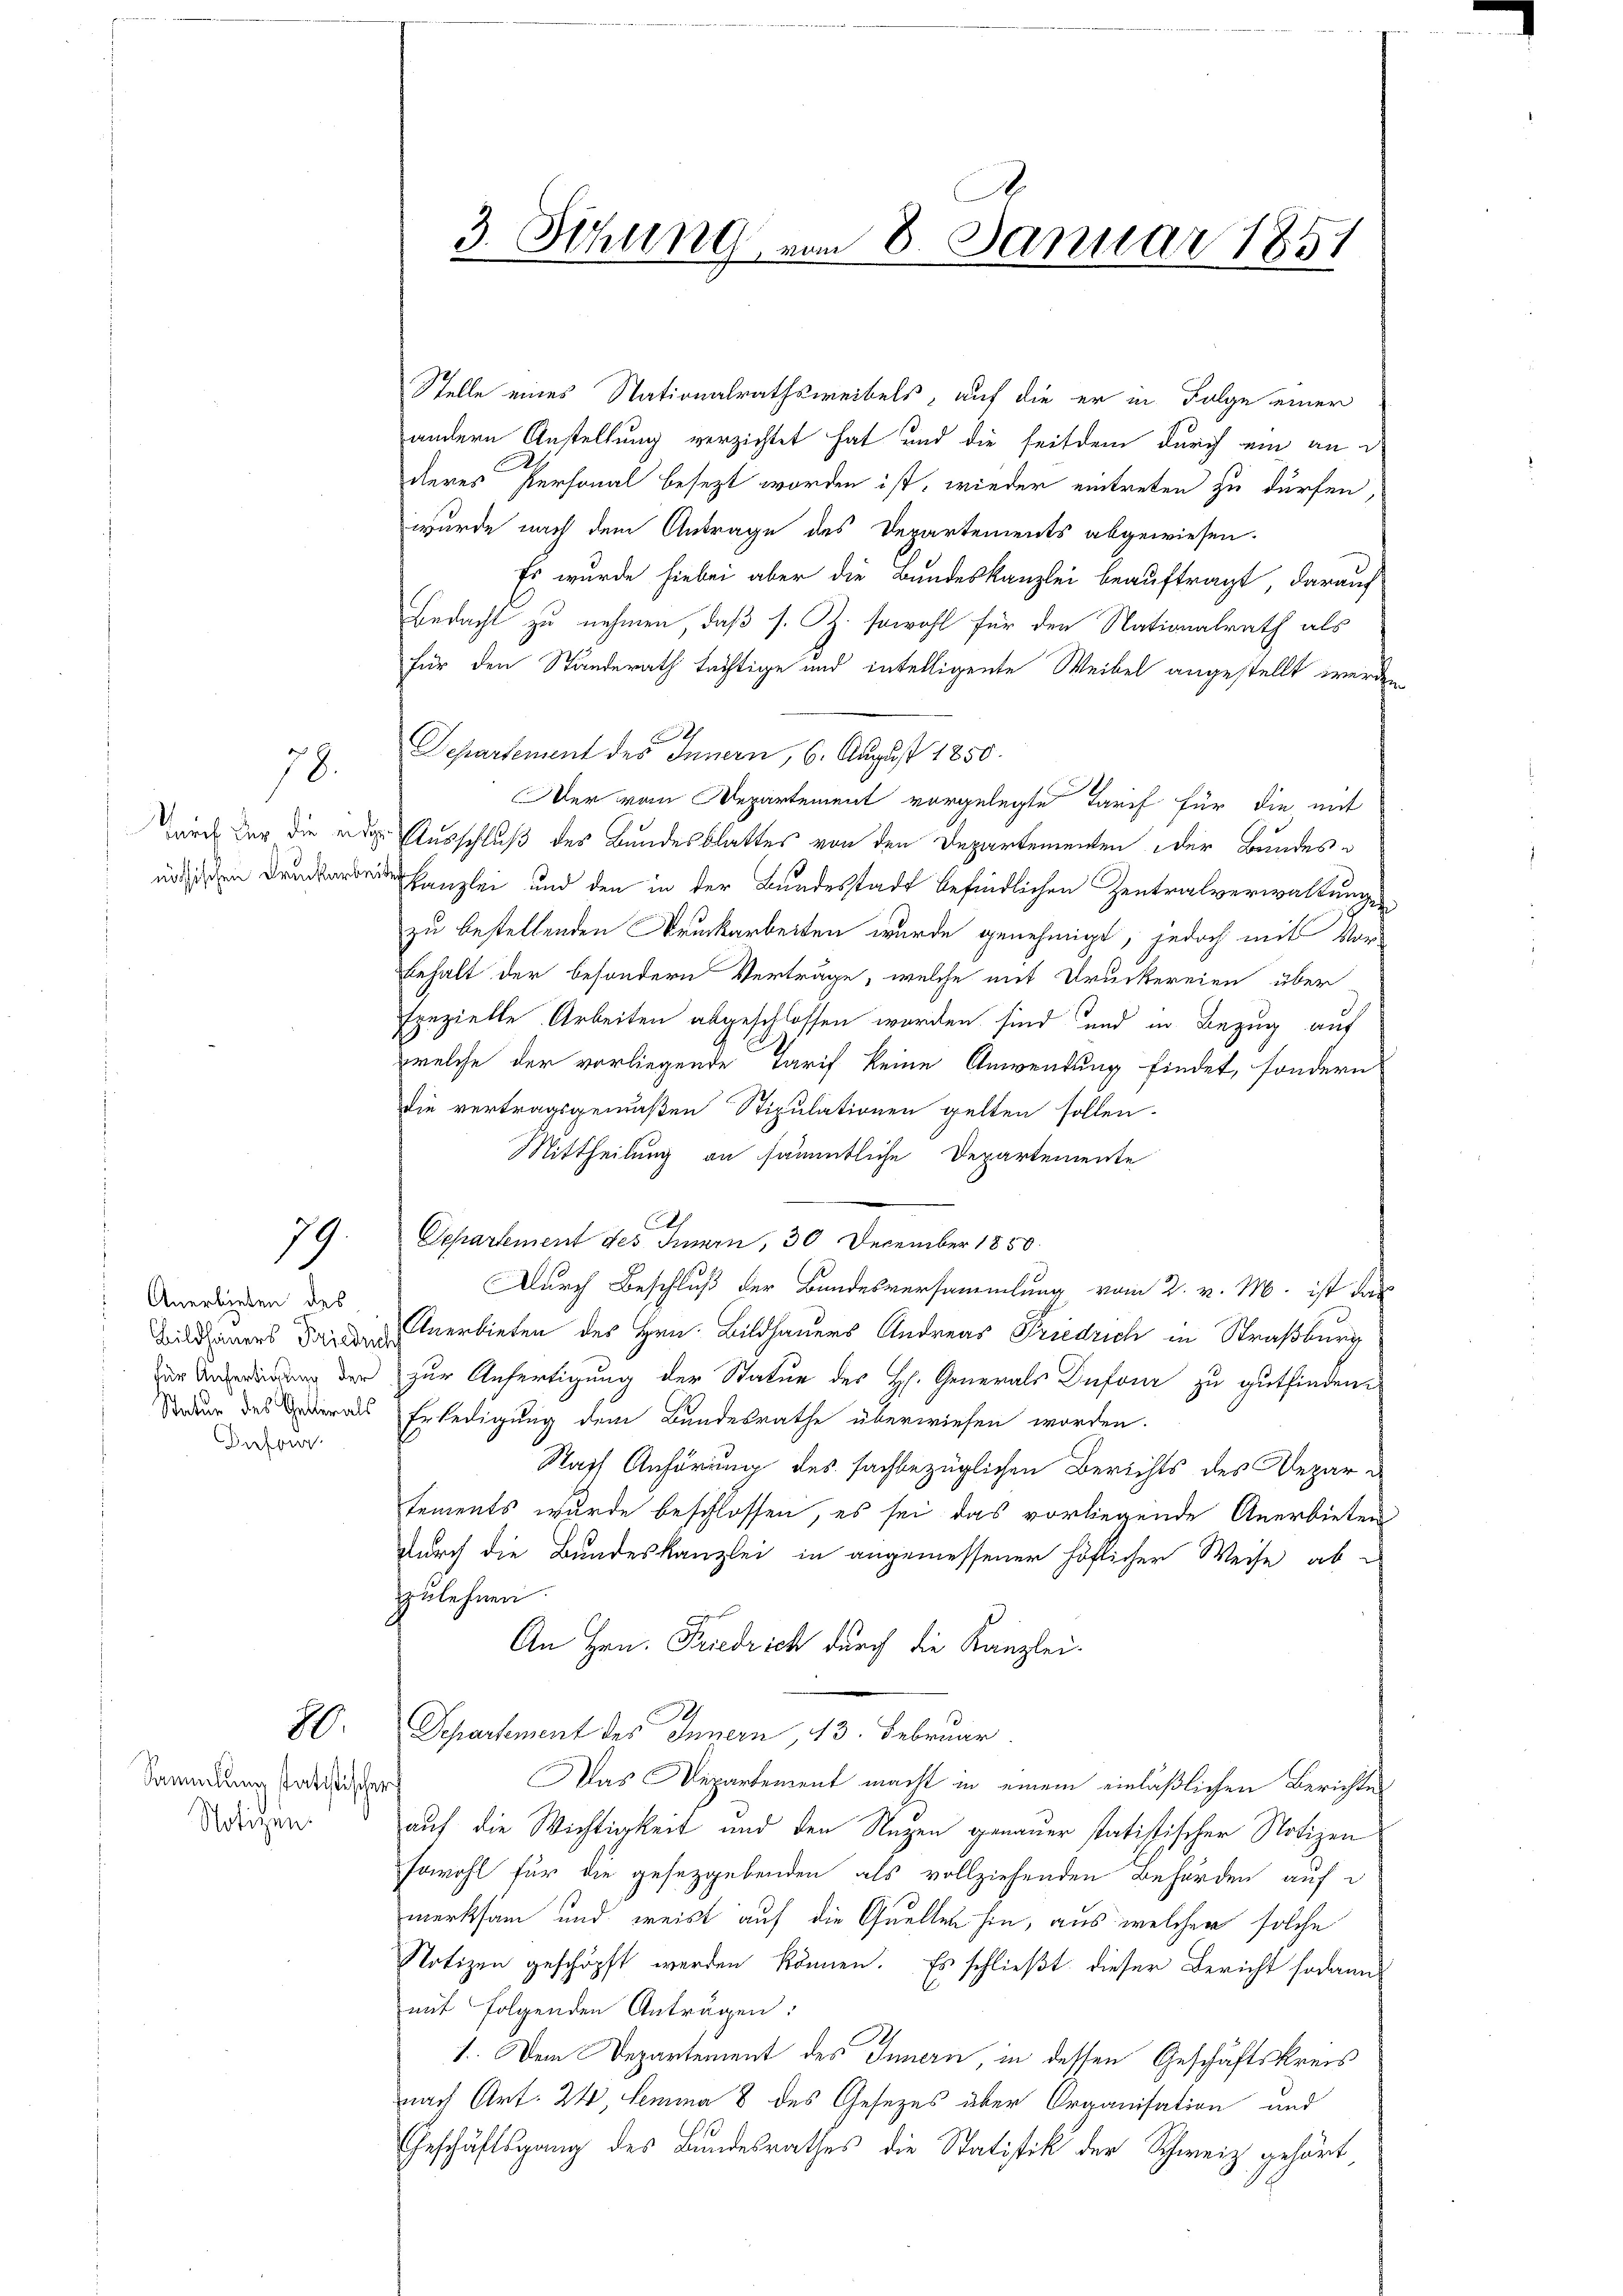
nöthischen Druckarbe

78.

79

Anerbieten des
Bildhauers Friede
Infor

.

Sammlung statistischers
Notizen.

Stelle eines Nationalrathsweibels, auf die er in Folge einer
andern Anstellung verzichtet hat und die seitdem durch ein an d
deres Personal besezt worden ist, wieder eintreten zu dürfen,
wurde nach dem Antrage des Departements abgewiesen.
Es wurde hiebei aber die Bundeskanzlei beauftragt, darauf
Bedacht zu nehmen, daß s. Z. sowohl für den Nationalrath als
für den Standerath tüchtige und intelligente Weibel angestellt werde,
Departement des Innern, 6. August 1850.
Der vom Departement vorgelegte Tarif für die mit
durch der die eidge Ausschluß des Bundesblattes von den Departementen der Bundes¬
 Kanzlei und den in der Bundesstadt befindlichen Zentralverwaltungen
zu bestellenden Bruckarbeiten wurde genehmigt, jedoch mit Vorbehalt der besondern Verträge, welche mit Druckereien über
spezielle Arbeiten abgeschlossen worden sind und in Bezug auf
welche der vorliegende Tarif keine Anwendung findet, sondern
die vertragsgemäßen Stipulationen gelten sollen.
Mittheilung an sämmtliche Departemente
.
Separtement des Innern, 30 December 1850.
Durch Beschluß der Bundesversammlung vom 2. v. M. ist das
 Anerbieten des Hrn. Bildhauers Andreas Friedrich in Straßburg
igung der zur Anfertigung der Statue des Hs. Generals Dufour zu gutfinden
Seder des Lederaus Erledigung dem Bundesrathe überwiesen worden.
Statt Anhörung des sachbezüglichen Berichts des Departements wurde beschlossen, es sei das vorliegende Anerbieten
durch die Bundeskanzlei in angemessener höflicher Weise ab
zulehnen.
An Hrn. Friedrich durch die Kanzlei-
Departement des Innern 13 Februar.
Das Departement macht in einem einläßlichen Berichtes
auf die Wichtigkeit und den Nuzen genauer statistischer Notizen
sowohl für die gesetzgebenden als vollziehenden Behörden auf d
merksam und weist auf die Quellen sie, aus welcher solche
Notizen geschöpft werden können. Es schließt dieser Bericht sodann
mit folgenden Antragen:
1. Dem Departement des Innern, in dessen Geschäftskreis
nach Art. 24, Lemma 8 des Gesezes über Organisation und
Geschäftsgang des Bundesrathes die Statistik der Schweiz gehört,

A.
3. Sitzung vom 8. Januar 1851